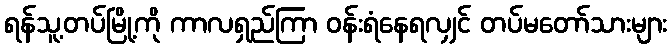
ရန်သူ့တပ်မြို့ကို ကာလရှည်ကြာ ဝန်းရံနေရလျှင် တပ်မတော်သားများ